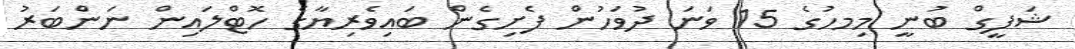
ޝަފީގް ބުނީ މިމހުގެ 15 ވަނަ ދުވަހުން ފެށިގެން ބައިވެރިޔާގެ ހޮޓްލައިން ނަންބަރު